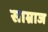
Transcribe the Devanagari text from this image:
साम्राज